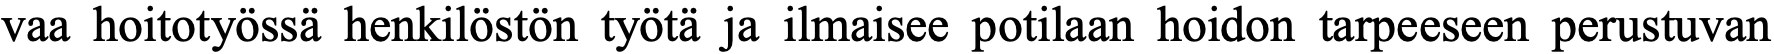
vaa hoitotyössä henkilöstön työtä ja ilmaisee potilaan hoidon tarpeeseen perustuvan